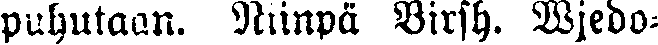
puhutaan. Niinpä Birsh. Wjedo-